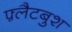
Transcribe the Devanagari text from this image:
फ़्लैटबुश